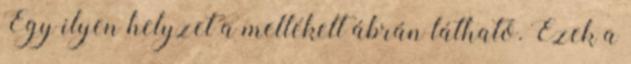
Egy ilyen helyzet a mellékelt ábrán látható. Ezek a